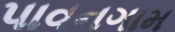
પાવનગામ